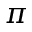
\pi